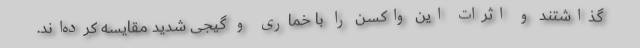
گذاشتند و اثرات این واکسن را با خماری و گیجی شدید مقایسه کرده‌اند.